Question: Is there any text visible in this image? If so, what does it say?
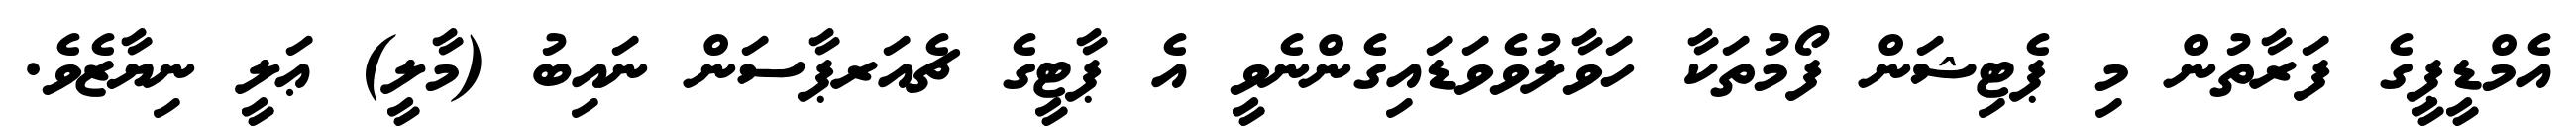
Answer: އެމްޑީޕީގެ ފަރާތުން މި ޕެޓިޝަން ފޯމުތަކާ ހަވާލުވެވަޑައިގެންނެވީ އެ ޕާޓީގެ ޗެއަރޕާސަން ނައިބު (މާލީ) ޢަލީ ނިޔާޒެވެ.